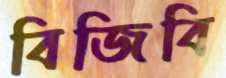
বিজিবি